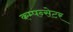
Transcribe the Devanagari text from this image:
कम्पन्सेटर